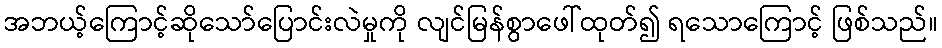
အဘယ့်ကြောင့်ဆိုသော်ပြောင်းလဲမှုကို လျင်မြန်စွာဖေါ်ထုတ်၍ ရသောကြောင့် ဖြစ်သည်။